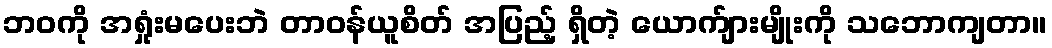
ဘဝကို အရှုံးမပေးဘဲ တာဝန်ယူစိတ် အပြည့် ရှိတဲ့ ယောက်ျားမျိုးကို သဘောကျတာ။